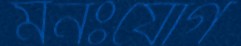
মনঃযোগ